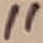
Text: 11